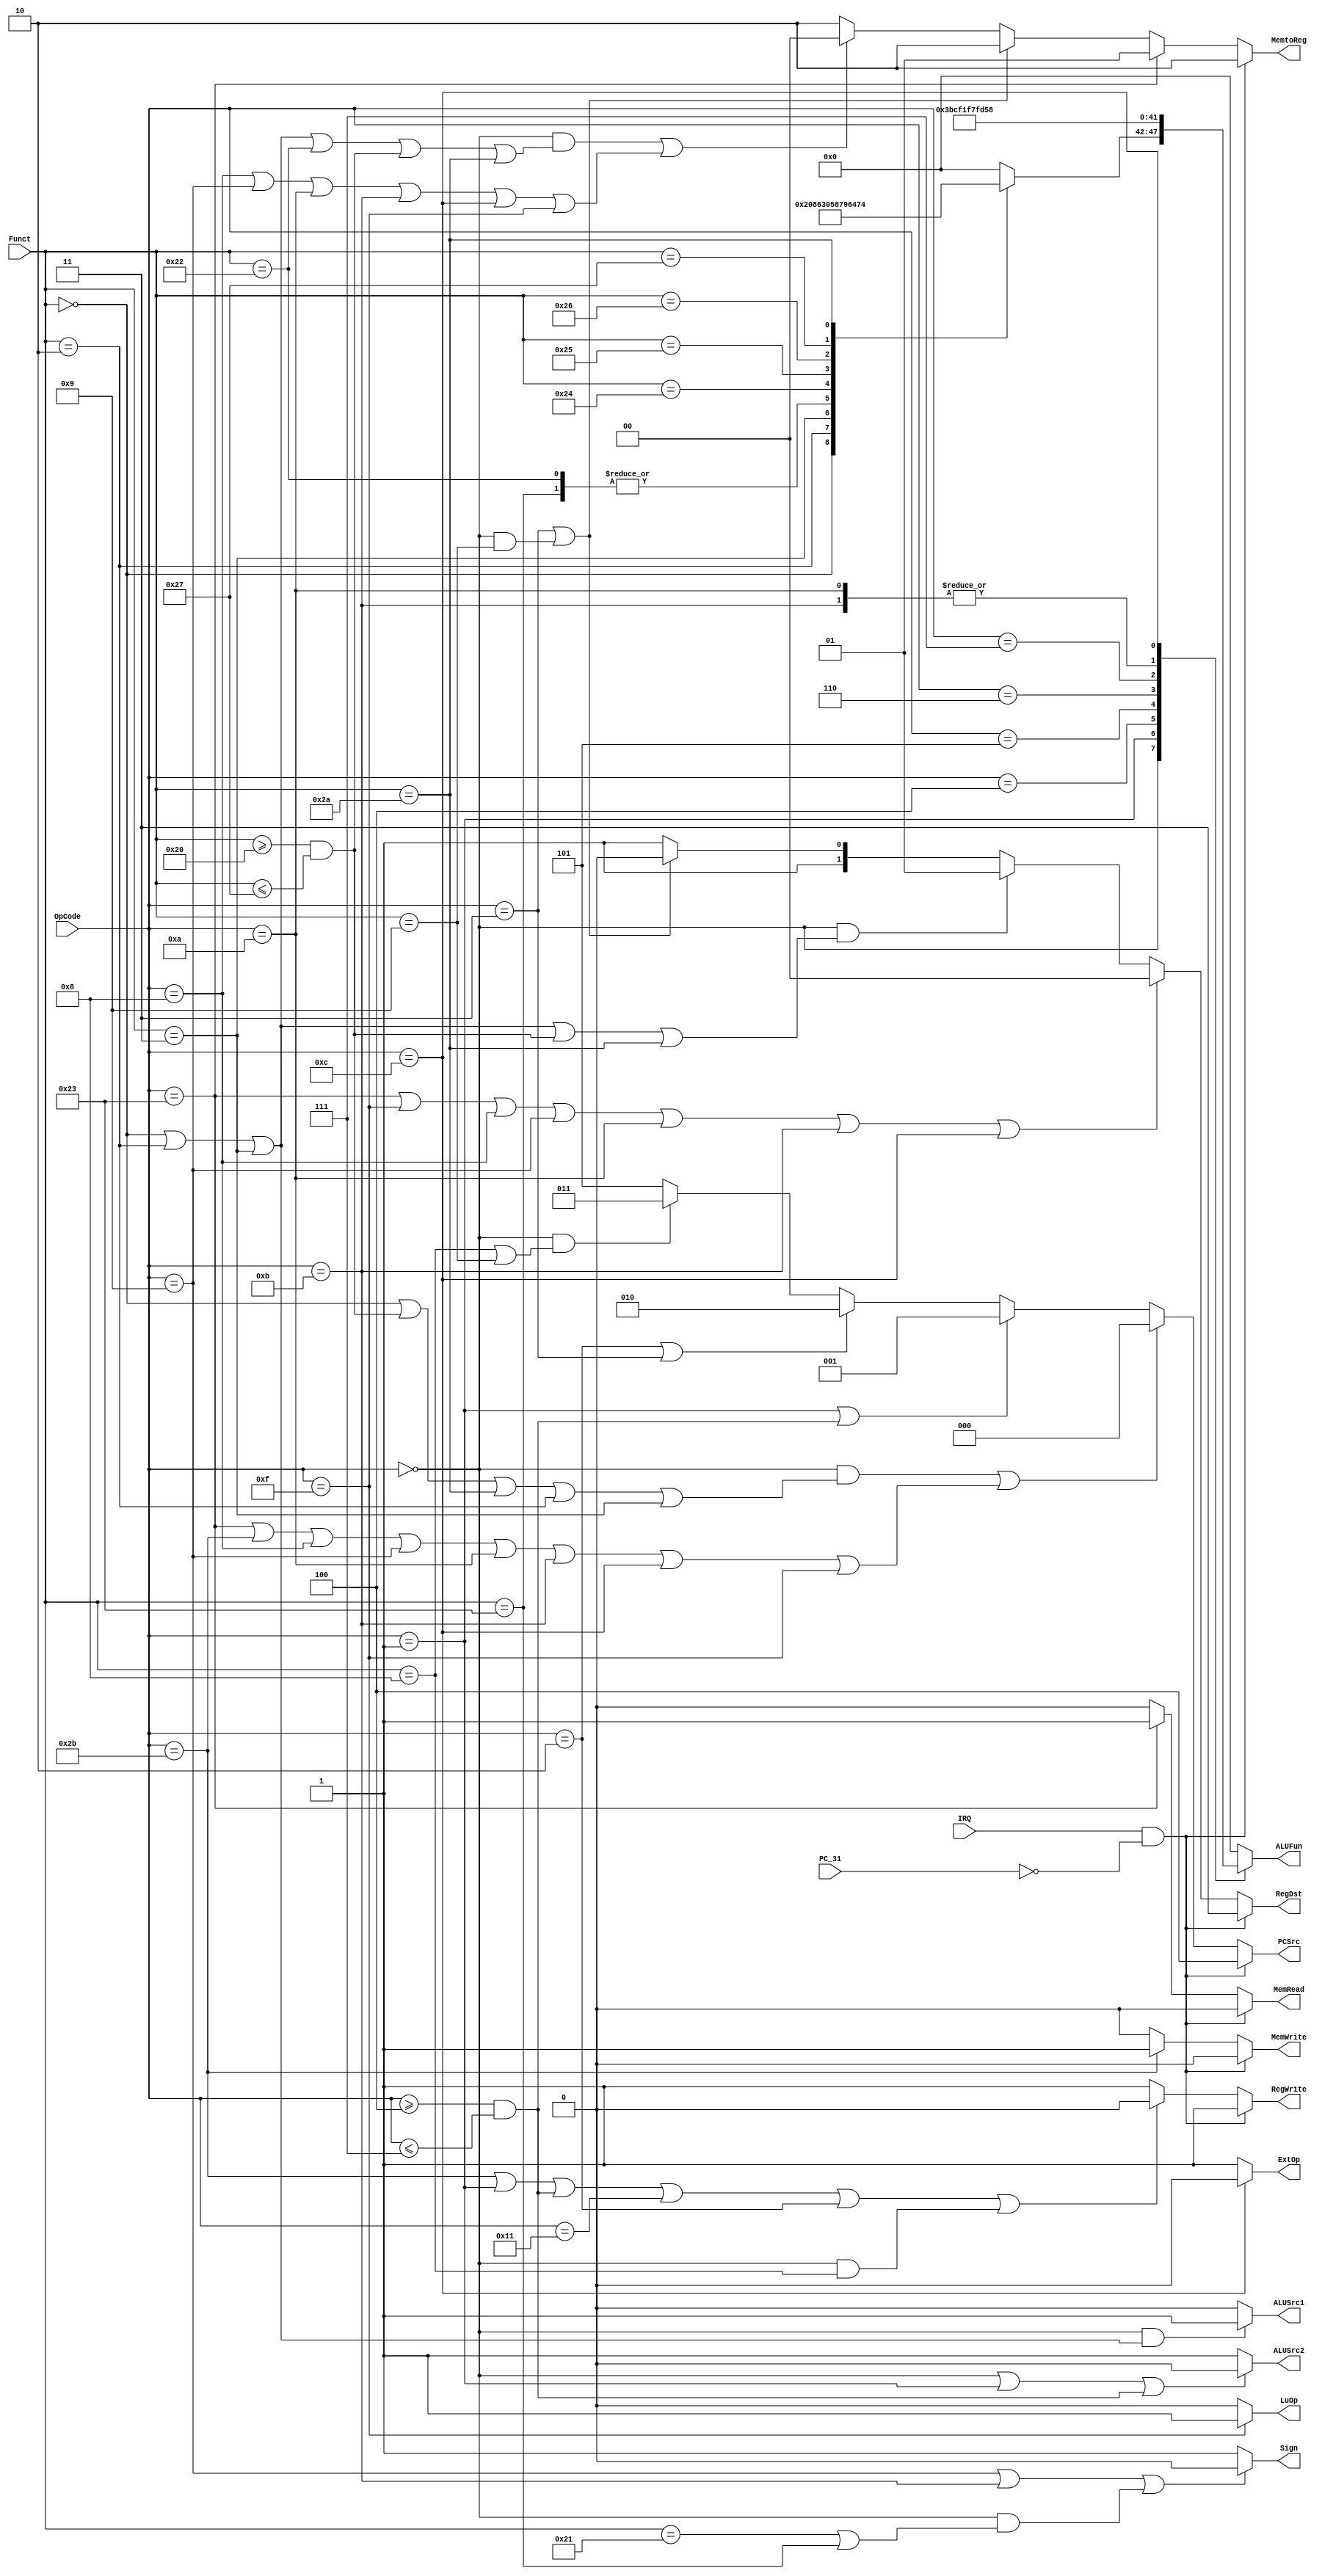

module Control(OpCode, Funct, IRQ, PC_31,
	PCSrc, RegWrite, RegDst, 
	MemRead, MemWrite, MemtoReg, 
	ALUSrc1, ALUSrc2, ExtOp, LuOp, Sign, ALUFun);
	input [5:0] OpCode;
	input [5:0] Funct;
	input IRQ;
	input PC_31;
	output [2:0] PCSrc;
	output RegWrite;
	output [1:0] RegDst;
	output MemRead;
	output MemWrite;
	output [1:0] MemtoReg;
	output ALUSrc1;
	output ALUSrc2;
	output ExtOp;
	output LuOp;
	output Sign;
	output reg [5:0] ALUFun;
	
	
	assign PCSrc=(IRQ&&~PC_31)?3'b100:
		((OpCode==6'h00&&(Funct==6'h00||(Funct>=6'h20&&Funct<=6'h27)||Funct==6'h2a||Funct==6'h02||Funct==6'h03))||
		(OpCode==6'h23||OpCode==6'h2b||OpCode==6'h08||OpCode==6'h09||OpCode==6'h0a||OpCode==6'h0b||OpCode==6'h0c||OpCode==6'h0f))?3'b000:
		(OpCode==6'h01||(OpCode>=6'h04&&OpCode<=6'h07))?3'b001:
		(OpCode==6'h02||OpCode==6'h03)?3'b010:
		(OpCode==6'h00&&(Funct==6'h08||Funct==6'h09))?3'b011:3'b101;
		
	assign RegWrite=(IRQ&&~PC_31)?1:
		(OpCode==6'h2b||OpCode==6'h01||(OpCode>=6'h04&&OpCode<=6'h07)||OpCode==6'h11||OpCode==6'h02||(OpCode==6'h00&&Funct==6'h08))?0:1;

	assign RegDst=(IRQ&&~PC_31)?2'b11:
		(OpCode==6'h23||OpCode==6'h0f||OpCode==6'h08||OpCode==6'h09||OpCode==6'h0a||OpCode==6'h0b||OpCode==6'h0c)?2'b00:
		(OpCode==6'h00&&(Funct==6'h00||Funct==6'h02||Funct==6'h03||(Funct>=6'h20&&Funct<=6'h27)||Funct==6'h2a))?2'b01:
		(OpCode==6'h03||(OpCode==6'h00&&Funct==6'h09))?2'b10:2'b11;

	assign MemRead=(IRQ&&~PC_31)?0:(OpCode==6'h23)?1:0;
	
	assign MemWrite=(IRQ&&~PC_31)?0:(OpCode==6'h2b)?1:0;

	assign MemtoReg=(IRQ&&~PC_31)?2'b10:
		(OpCode==6'h23)?2'b01:
		(OpCode==6'h03||OpCode==6'h00&&(Funct==6'h09))?2'b10:
		(OpCode==6'h00&&(Funct==6'h00||Funct==6'h02||Funct==6'h03||Funct==6'h22||(Funct>=6'h20&&Funct<=6'h27)||Funct==6'h2a)||
		(OpCode==6'h08||OpCode==6'h09||OpCode==6'h0a||OpCode==6'h0b||OpCode==6'h0c||OpCode==6'h0f))?2'b00:2'b10;

	assign ALUSrc1=(OpCode==6'h00&&(Funct==6'h00||Funct==6'h02||Funct==6'h03))?1:0;

	assign ALUSrc2=(OpCode==6'h00||OpCode==6'h01||(OpCode>=6'h04&&OpCode<=6'h07))?0:1;

	assign ExtOp=(OpCode==6'h0c)?0:1;

	assign LuOp=(OpCode==6'h0f)? 1:0;

	assign Sign=(OpCode==6'h09||OpCode==6'h0b||OpCode==6'h00&&(Funct==6'h21|Funct==6'h23))?0:1;
	
	parameter aluADD = 6'b000000;
	parameter aluSUB = 6'b000001;
	parameter aluAND = 6'b011000;
	parameter aluOR  = 6'b011110;
	parameter aluXOR = 6'b010110;
	parameter aluNOR = 6'b010001;
	parameter aluA   = 6'b011010;
	parameter aluSLL = 6'b100000;
	parameter aluSRL = 6'b100001;
	parameter aluSRA = 6'b100011;
	parameter aluEQ  = 6'b110011;
	parameter aluNEQ = 6'b110001;
	parameter aluLT  = 6'b110101;
	parameter aluLEZ = 6'b111101;
	parameter aluLTZ = 6'b111011;
	parameter aluGTZ = 6'b111111;
	
	reg [5:0] aluFunct;
	always @(*)
		case (Funct[5:0])
			6'b00_0000: aluFunct <= aluSLL;
			6'b00_0010: aluFunct <= aluSRL;
			6'b00_0011: aluFunct <= aluSRA;
			6'b10_0000: aluFunct <= aluADD;
			6'b10_0001: aluFunct <= aluADD;
			6'b10_0010: aluFunct <= aluSUB;
			6'b10_0011: aluFunct <= aluSUB;
			6'b10_0100: aluFunct <= aluAND;
			6'b10_0101: aluFunct <= aluOR;
			6'b10_0110: aluFunct <= aluXOR;
			6'b10_0111: aluFunct <= aluNOR;
			6'b10_1010: aluFunct <= aluLT;
			default: 	aluFunct <= aluADD;
		endcase
	
	always @(*)
		case (OpCode[5:0])
			6'b00_0000: ALUFun <= aluFunct;
			6'b00_0001: ALUFun <= aluLTZ;
			6'b00_0100: ALUFun <= aluEQ;
			6'b00_0101: ALUFun <= aluNEQ;
			6'b00_0110: ALUFun <= aluLEZ;
			6'b00_0111: ALUFun <= aluGTZ;
			6'b00_1000: ALUFun <= aluADD;
			6'b00_1001: ALUFun <= aluADD;
			6'b00_1010: ALUFun <= aluLT;
			6'b00_1011: ALUFun <= aluLT;
			6'b00_1100: ALUFun <= aluAND;
			6'b00_1111: ALUFun <= aluADD;
			default:    ALUFun <= aluADD;
		endcase
	
endmodule